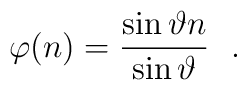
\varphi(n)=\frac{\sin\vartheta n}{\sin\vartheta} \ \ .